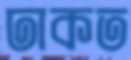
ঢাকত